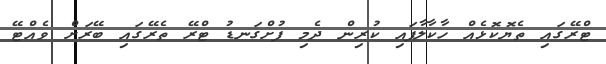
ޓްރޭގައި ތެޔޮކޮޅެއް ހާކާލާފައި ކުރިން ދެމި ފުށްގަނޑު ޓްރޭ ތެރޭގައި ބޭރަށް ވެއްޓޭ